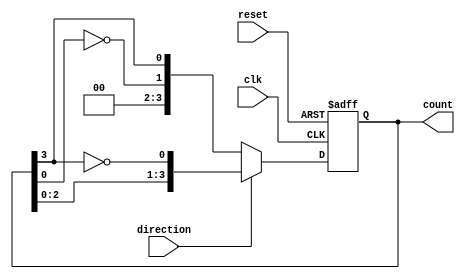
module BidirectionalJohnsonCounter (
    input wire clk,            // Clock signal
    input wire reset,          // Asynchronous reset
    input wire direction,      // Direction control: 1 for up, 0 for down
    output reg [n-1:0] count   // Output count (n is the number of flip-flops)
);
    parameter n = 4;           // Number of flip-flops (change this for more states)

    always @(posedge clk or posedge reset) begin
        if (reset) begin
            count <= 0;       // Reset the counter to known state
        end else begin
            if (direction) begin
                // Count Up logic using Johnson Counter logic
                count <= {count[n-2:0], ~count[n-1]}; // Shift left and feedback inverted last bit
            end else begin
                // Count Down logic using Johnson Counter logic
                count <= {~count[0], count[n-1:n-1]}; // Feedback inverted first bit, shift right
            end
        end
    end
endmodule